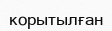
корытылған